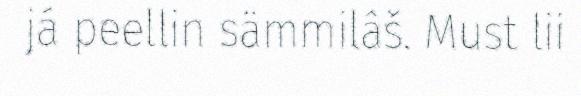
já peellin sämmilâš. Must lii